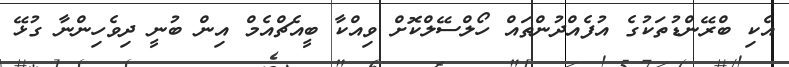
އެކި ބްރޭންޑުތަކުގެ އުފެއްދުންތައް ހޯލްސޭލްކޮށް ވިއްކާ ބީއެޗްއެމް އިން ބުނީ ދިވެހިންނާ ގުޅޭ